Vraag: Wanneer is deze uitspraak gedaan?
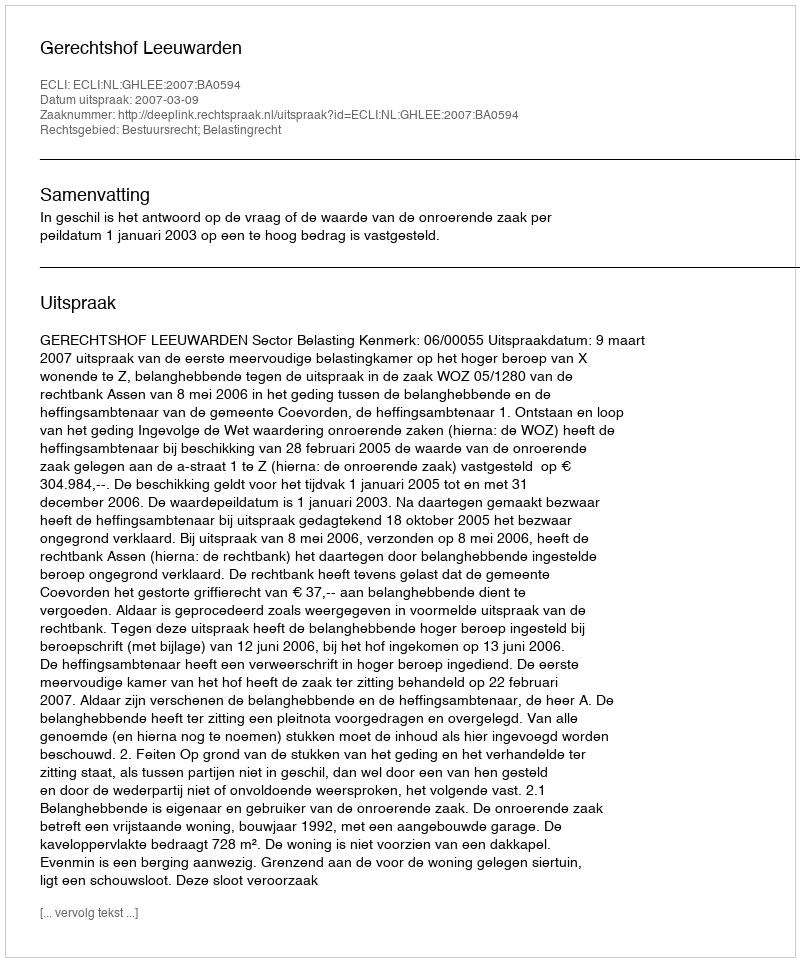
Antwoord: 2007-03-09